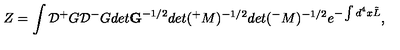
Z = \int { \cal D } { ^ + } G { \cal D } { ^ - } G d e t { \bf G } ^ { - 1 / 2 } d e t ( { ^ + } M ) ^ { - 1 / 2 } d e t ( { ^ - } M ) ^ { - 1 / 2 } e ^ { - \int d ^ { 4 } x \tilde { L } } ,